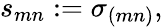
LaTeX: s_{mn}:=\sigma_{(mn)},